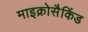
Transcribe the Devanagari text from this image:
माइक्रोसैकिंड